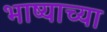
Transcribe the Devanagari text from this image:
भाष्याच्या